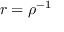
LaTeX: r = \rho ^ { - 1 }